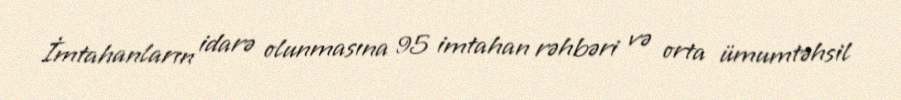
İmtahanların idarə olunmasına 95 imtahan rəhbəri və orta ümumtəhsil